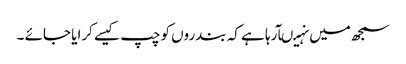
سمجھ میں نہیںآرہا ہے کہ بندروں کو چپ کیسے کرایا جائے ۔